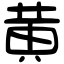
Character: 黄